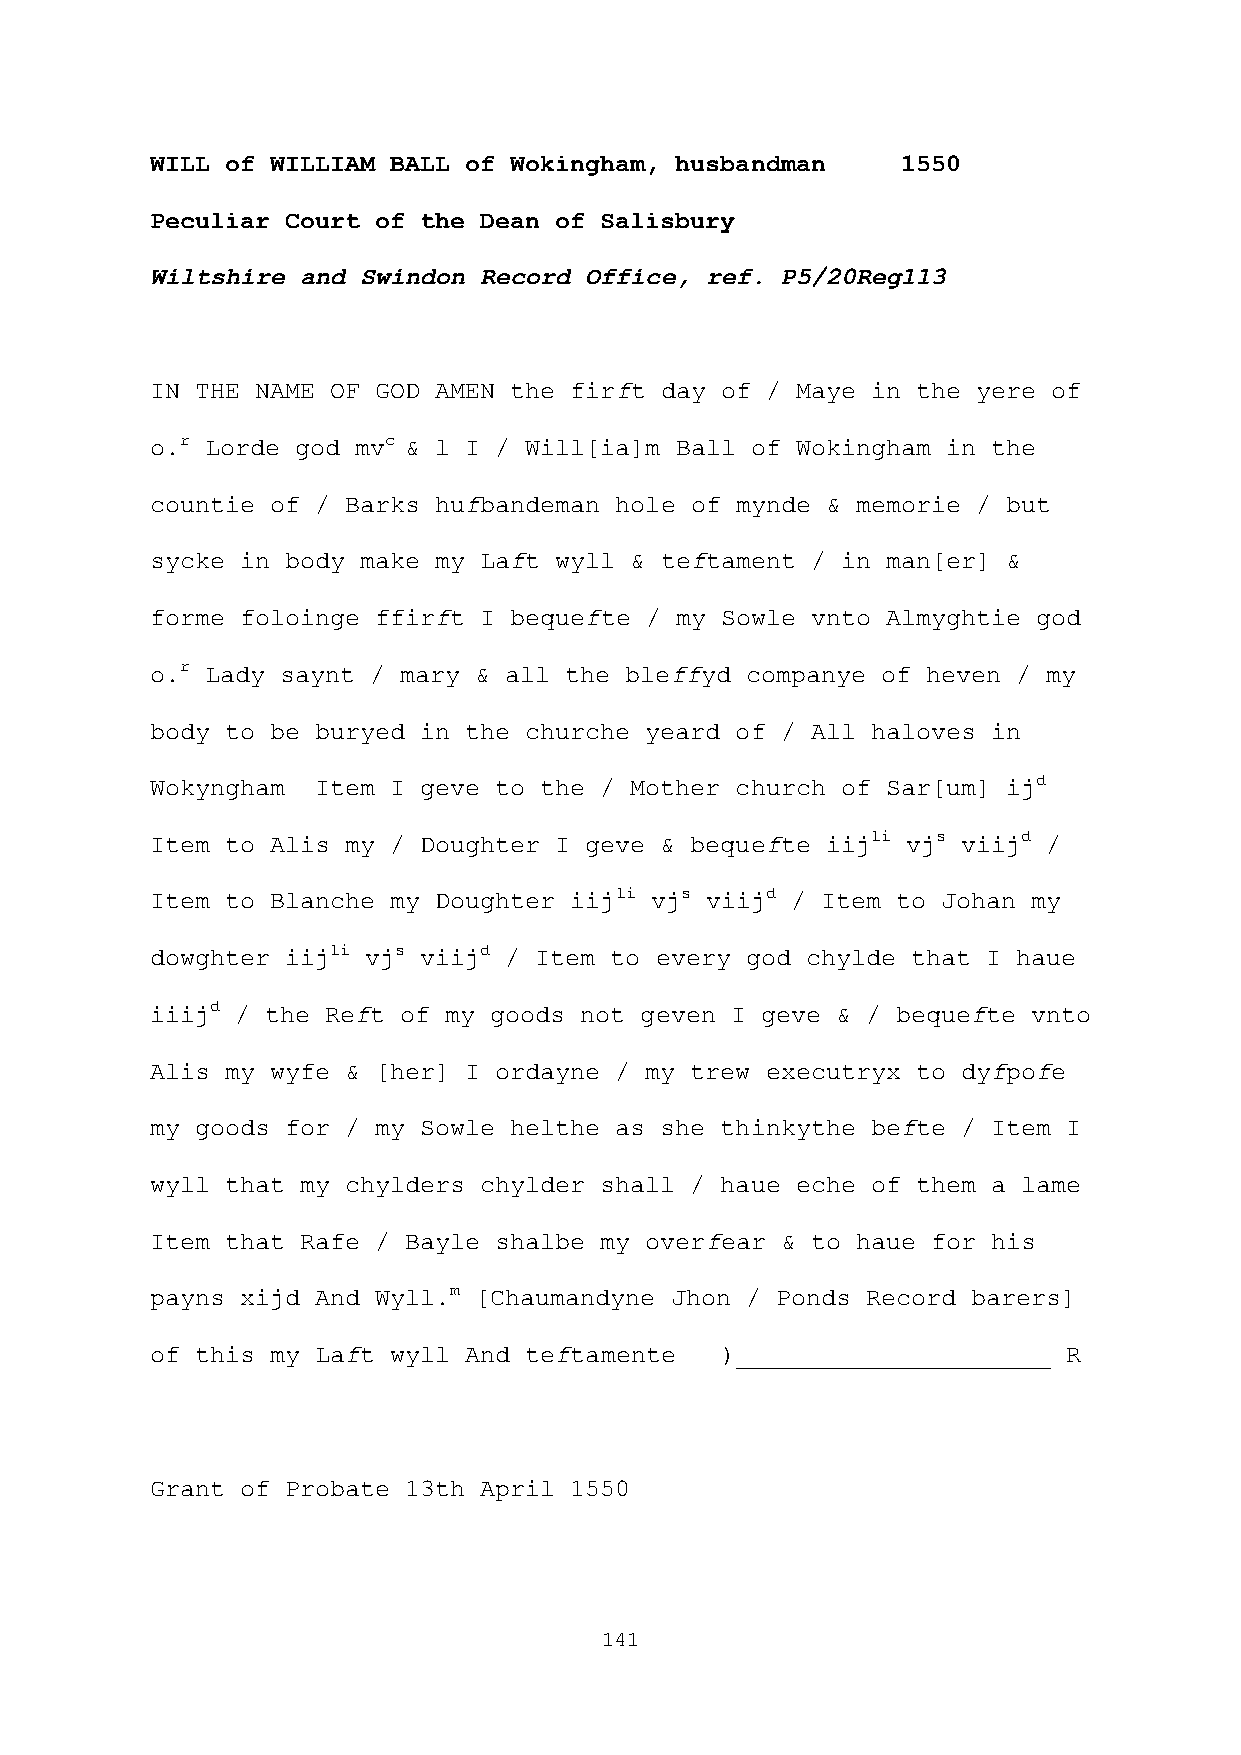
WILL of WILLIAM BALL of Wokingham, husbandman     1550
 Peculiar Court of the Dean of Salisbury
 Wiltshire and Swindon Record Office, ref. P5/20Reg113
 IN THE NAME OF GOD AMEN the firft day of / Maye in the yere of
 o.r Lorde god mvc & l I / Will[ia]m Ball of Wokingham in the
 countie of / Barks hufbandeman hole of mynde & memorie / but
 sycke in body make my Laft wyll & teftament / in man[er] &
 forme foloinge ffirft I bequefte / my Sowle vnto Almyghtie god
 o.r Lady saynt / mary & all the bleffyd companye of heven / my
 body to be buryed in the churche yeard of / All haloves in
 Wokyngham  Item I geve to the / Mother church of Sar[um] ijd
 Item to Alis my / Doughter I geve & bequefte iijli vjs viijd /
 Item to Blanche my Doughter iijli vjs viijd / Item to Johan my
 dowghter iijli vjs viijd / Item to every god chylde that I haue
 iiijd / the Reft of my goods not geven I geve & / bequefte vnto
 Alis my wyfe & [her] I ordayne / my trew executryx to dyfpofe
 my goods for / my Sowle helthe as she thinkythe befte / Item I
 wyll that my chylders chylder shall / haue eche of them a lame
 Item that Rafe / Bayle shalbe my overfear & to haue for his
 payns xijd And Wyll.m [Chaumandyne Jhon / Ponds Record barers]
 of this my Laft wyll And teftamente   )_____________________ R
 Grant of Probate 13th April 1550
 141